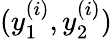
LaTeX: (y_{1}^{(i)},y_{2}^{(i)})